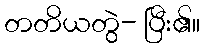
တတိယတွဲ- ပြီး၏။